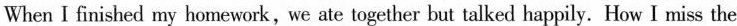
When I finished my homework,we ate together but talked happily. How I miss the